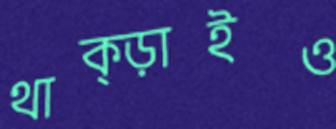
থাক্‌ড়াইও